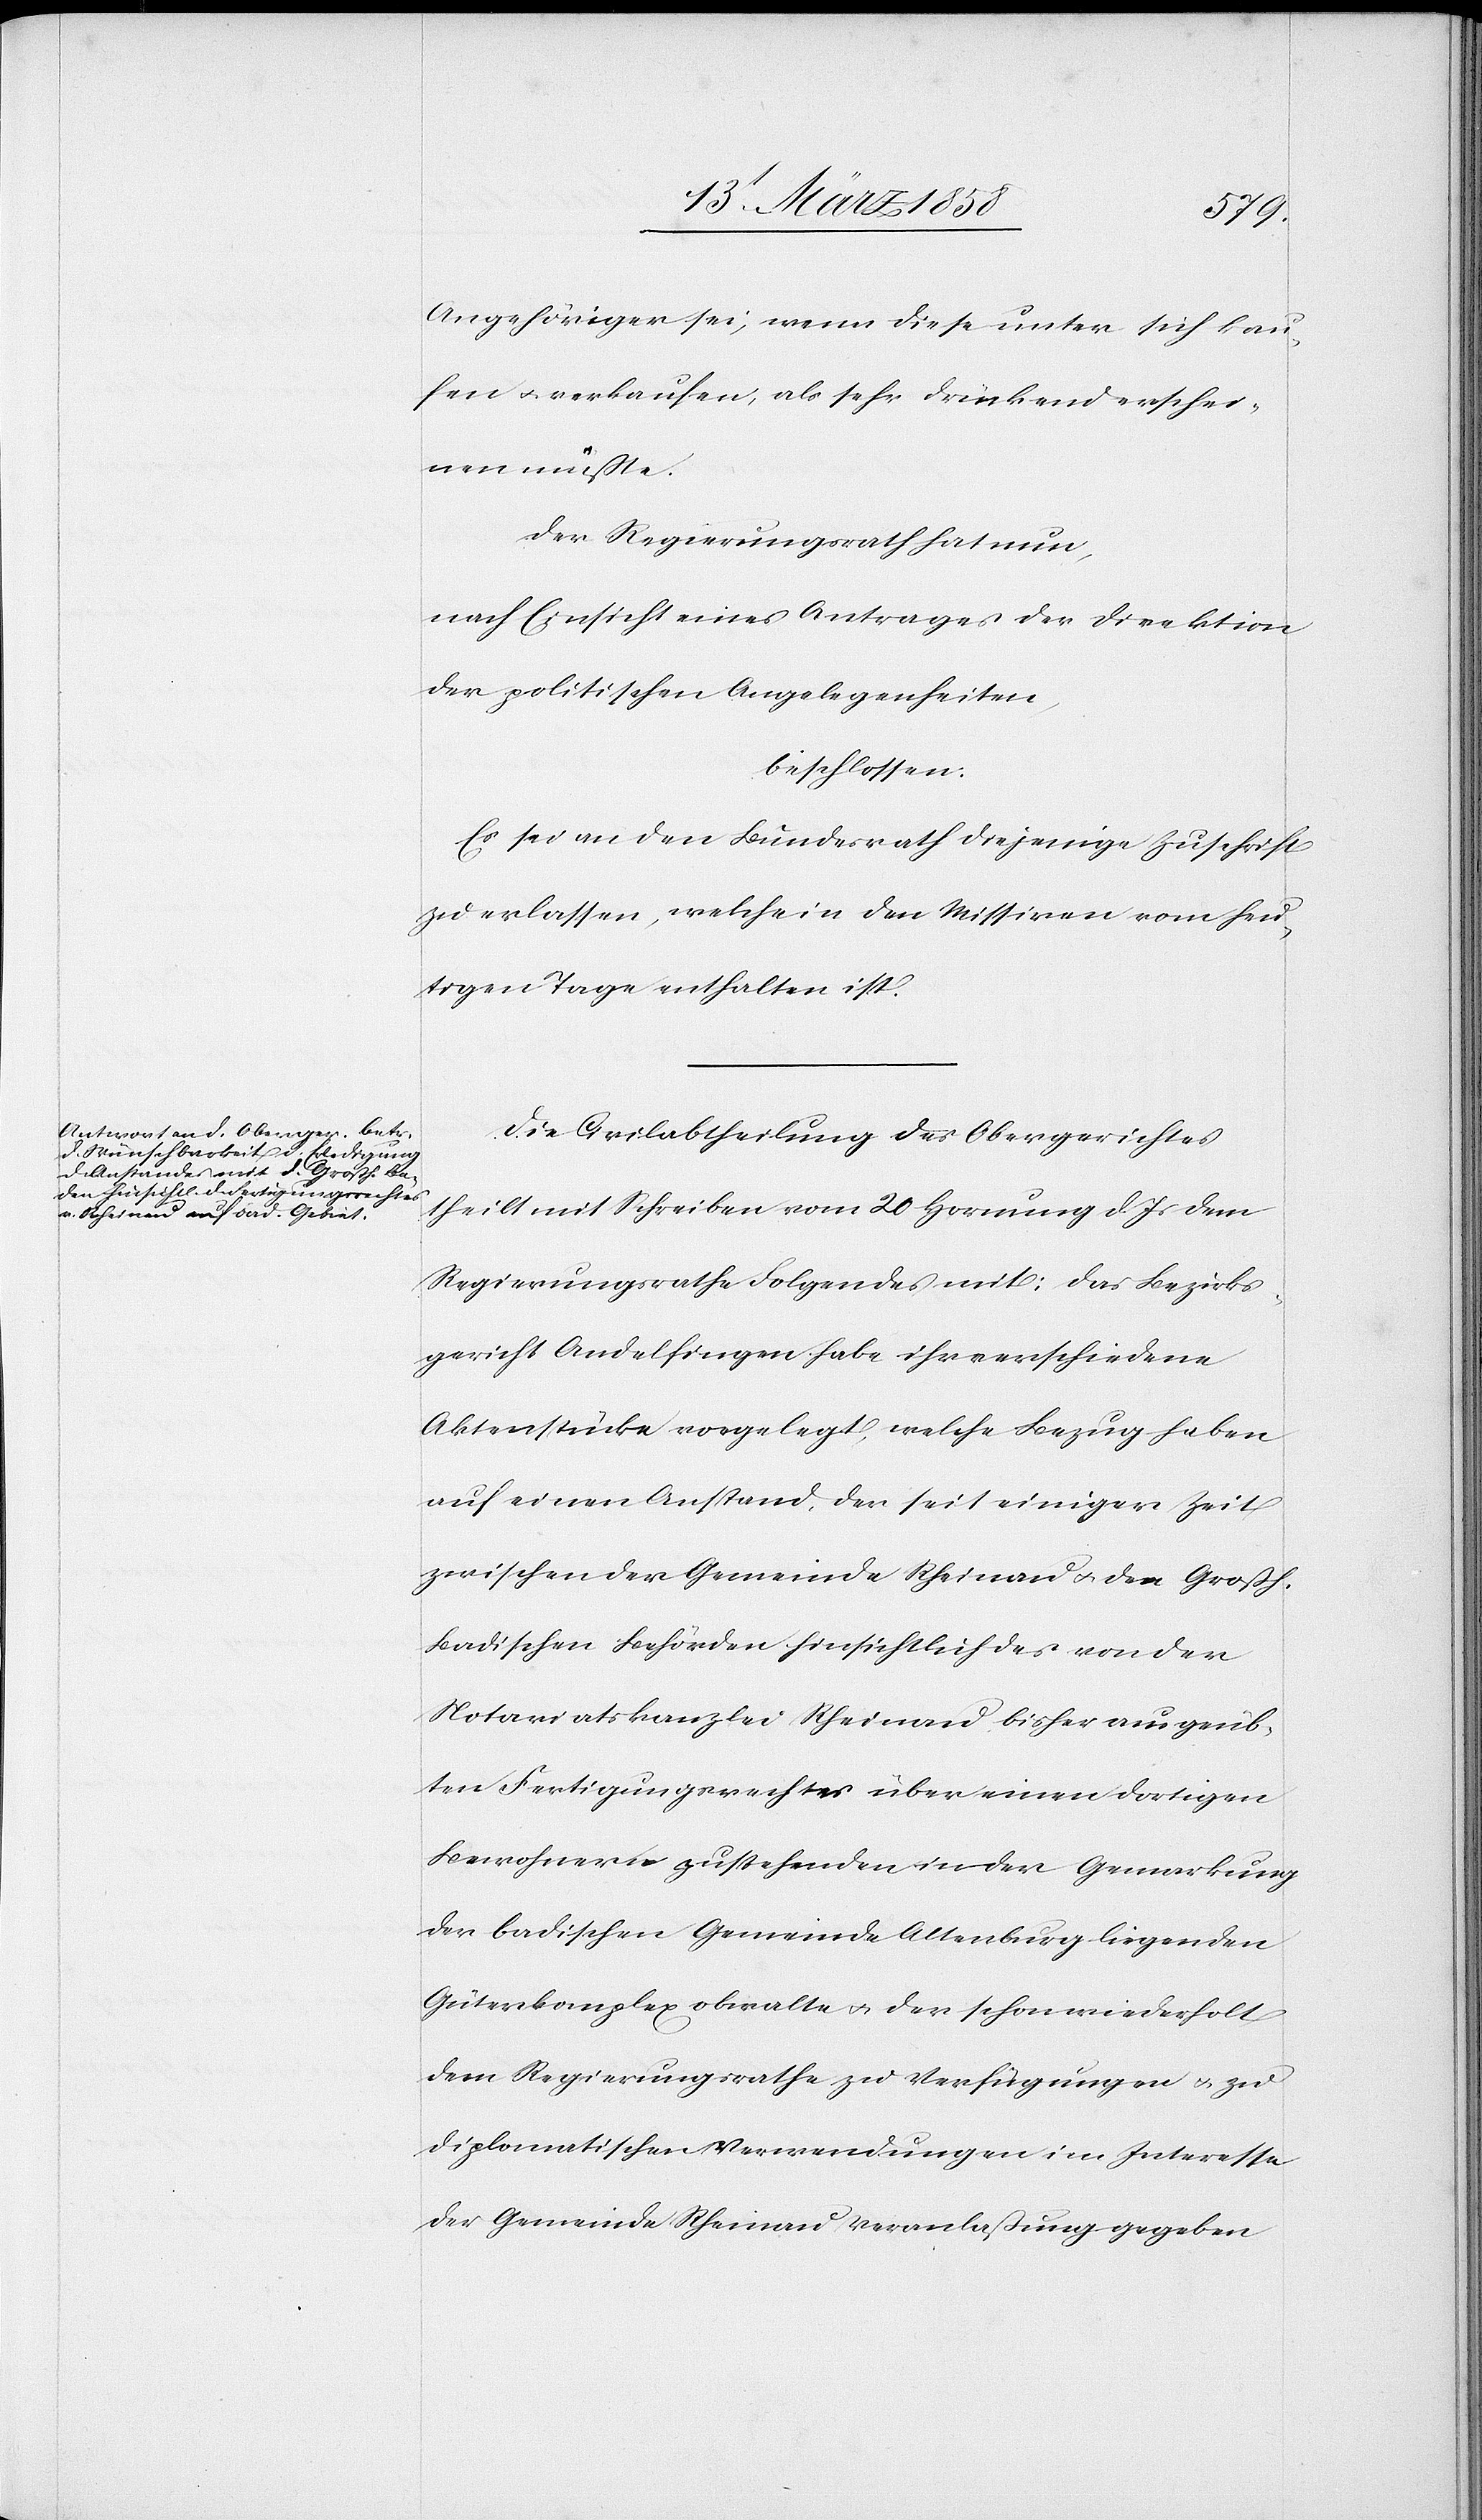
Angehöriger sei, wenn diese unter sich kau¬
fen u. verkaufen, als sehr drückend erschei¬
nen müßte.
Der Regierungsrath hat nun,
nach Einsicht eines Antrages der Direktion
der politischen Angelegenheiten,
beschlossen.
Es sei an den Bundesrath diejenige Zuschrift
zu erlassen, welche in den Missiven vom heu¬
tigen Tage enthalten ist.
Die Civilabtheilung des Obergerichtes
theilt mit Schreiben vom 20. Hornung d. Js. dem
Regierungsrathe Folgendes mit: Das Bezirks¬
gericht Andelfingen habe ihr verschiedene
Aktenstücke vorgelegt, welche Bezug haben
auf einen Anstand, der seit einiger Zeit
zwischen der Gemeinde Rheinau u. dem Großh.
Badischen Behörden hinsichtlich des von der
Notariatskanzlei Rheinau bisher ausgeüb¬
ten Fertigungsrechtes über einen dortigen
Bewohnern zustehenden in der Gemarkung
der badischen Gemeinde Altenburg liegenden
Güterkomplex obwalte u. der schon wiederholt
dem Regierungsrathe zu Verfügungen u. zu
diplomatischen Verwendungen im Interesse
der Gemeinde Rheinau Veranlaßung gegeben